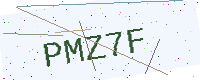
Text: PMZ7F